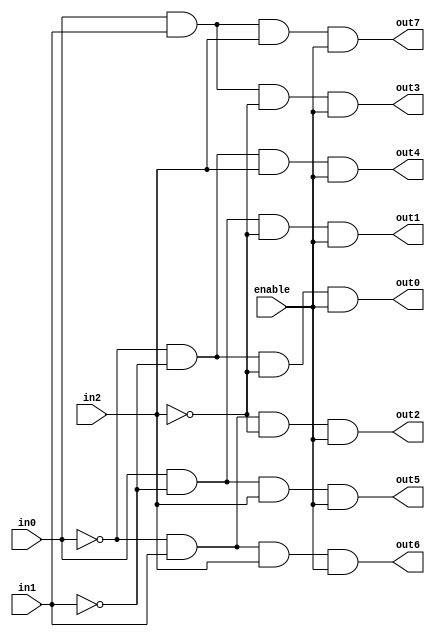
module decoder_3_8(
	out0, out1, out2, out3, out4, out5, out6, out7,
	in0, in1, in2,
	enable
);

	input 	in0, in1, in2,
				enable;
	
	output 	out0, out1, out2, out3, out4, out5, out6, out7;
	
	and and_a(out0, ~in0, ~in1, ~in2, enable);
	and and_b(out1, in0, ~in1, ~in2, enable);
	and and_c(out2, ~in0, in1, ~in2, enable);
	and and_d(out3, in0, in1, ~in2, enable);
	and and_e(out4, ~in0, ~in1, in2, enable);
	and and_f(out5, in0, ~in1, in2, enable);
	and and_g(out6, ~in0, in1, in2, enable);
	and and_h(out7, in0, in1, in2, enable);
	
endmodule